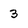
Character: 3